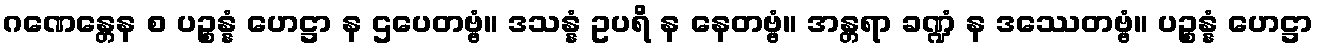
ဂဏေန္တေန စ ပဉ္စန္နံ ဟေဋ္ဌာ န ဌပေတဗ္ဗံ။ ဒသန္နံ ဥပရိ န နေတဗ္ဗံ။ အန္တရာ ခဏ္ဍံ န ဒဿေတဗ္ဗံ။ ပဉ္စန္နံ ဟေဋ္ဌာ